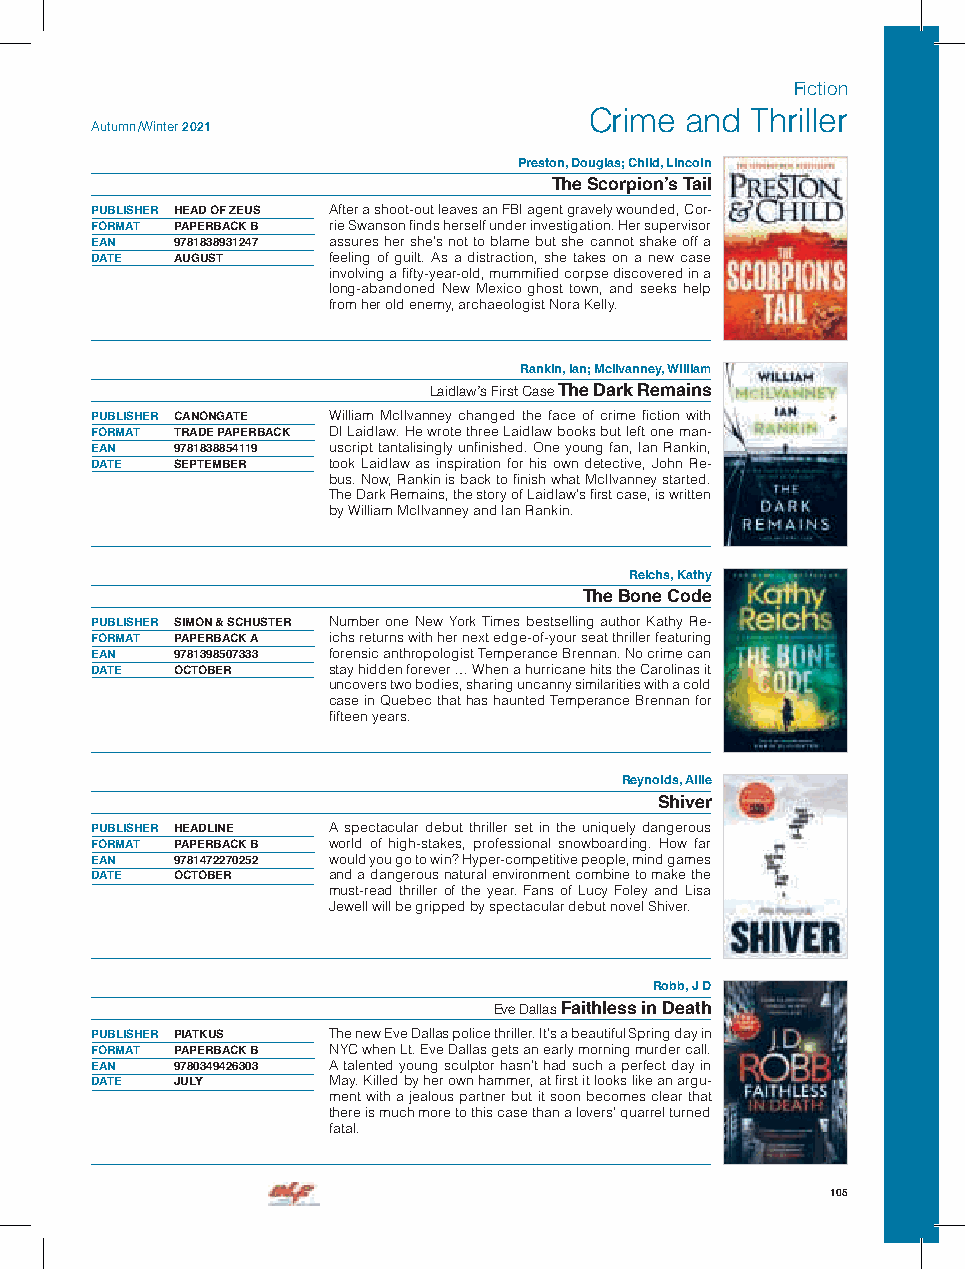
Fiction
 Crime and  Thriller
 Autumn /Winter 2021
 Preston, Douglas; Child, Lincoln
 The Scorpion’s Tail
 PUBLISHER HEAD OF ZEUS After a shoot-out leaves an FBI agent gravely wounded, Cor-
 FORMAT PAPERBACK B rie Swanson finds herself under investigation. Her supervisor
 EAN  9781838931247 assures her she’s not to blame but she cannot shake off a
 DATE AUGUST     feeling of guilt. As a distraction, she takes on a new case
 involving a fifty-year-old, mummified corpse discovered in a
 long-abandoned New Mexico ghost town, and seeks help
 from her old enemy, archaeologist Nora Kelly.
 Rankin, Ian; McIlvanney, William
 Laidlaw’s First Case The Dark Remains
 PUBLISHER CANONGATE William McIlvanney changed the face of crime fiction with
 FORMAT TRADE PAPERBACK DI Laidlaw. He wrote three Laidlaw books but left one man-
 EAN  9781838854119 uscript tantalisingly unfinished. One young fan, Ian Rankin,
 DATE SEPTEMBER  took Laidlaw as inspiration for his own detective, John Re-
 bus. Now, Rankin is back to finish what McIlvanney started.
 The Dark Remains, the story of Laidlaw’s first case, is written
 by William McIlvanney and Ian Rankin.
 Reichs, Kathy
 The Bone Code
 PUBLISHER SIMON & SCHUSTER Number one New York Times bestselling author Kathy Re-
 FORMAT PAPERBACK A ichs returns with her next edge-of-your seat thriller featuring
 EAN  9781398507333 forensic anthropologist Temperance Brennan. No crime can
 DATE OCTOBER    stay hidden forever … When a hurricane hits the Carolinas it
 uncovers two bodies, sharing uncanny similarities with a cold
 case in Quebec that has haunted Temperance Brennan for
 fifteen years.
 Reynolds, Allie
 Shiver
 PUBLISHER HEADLINE A spectacular debut thriller set in the uniquely dangerous
 FORMAT PAPERBACK B world of high-stakes, professional snowboarding. How far
 EAN  9781472270252 would you go to win? Hyper-competitive people, mind games
 DATE OCTOBER    and a dangerous natural environment combine to make the
 must-read thriller of the year. Fans of Lucy Foley and Lisa
 Jewell will be gripped by spectacular debut novel Shiver.
 Robb, J D
 Eve Dallas Faithless in Death
 PUBLISHER PIATKUS The new Eve Dallas police thriller. It’s a beautiful Spring day in
 FORMAT PAPERBACK B NYC when Lt. Eve Dallas gets an early morning murder call.
 EAN  9780349426303 A talented young sculptor hasn’t had such a perfect day in
 DATE JULY       May. Killed by her own hammer, at first it looks like an argu-
 ment with a jealous partner but it soon becomes clear that
 there is much more to this case than a lovers’ quarrel turned
 fatal.
 105